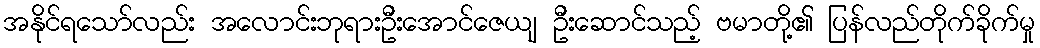
အနိုင်ရသော်လည်း အလောင်းဘုရားဦးအောင်ဇေယျ ဦးဆောင်သည့် ဗမာတို့၏ ပြန်လည်တိုက်ခိုက်မှု